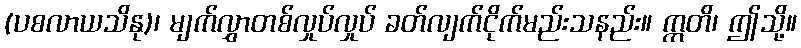
(ပစလာယသိနု)၊ မျက်လွှာတစ်လှုပ်လှုပ် ခတ်လျက်ငိုက်မည်းသနည်း။ ဣတိ၊ ဤသို့။